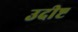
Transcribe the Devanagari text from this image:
उदीष्ट